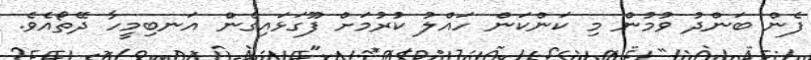
ފެން ބަންދު ވުމުން މި ކަންކަން ހައްލު ކުރުމަށް ފޫގަޅައިގެން އަނބިމީހާ ދޭތޯއެވެ.